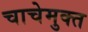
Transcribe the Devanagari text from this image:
चाचेमुक्त